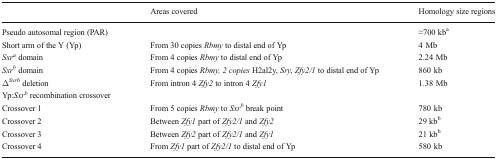
<table><thead><tr><td></td><td><b>Areas covered</b></td><td><b>Homology size regions</b></td></tr></thead><tbody><tr><td>Pseudo autosomal region (PAR)</td><td></td><td>≈700 kb<sup>a</sup></td></tr><tr><td>Short arm of the Y (Yp)</td><td>From 30 copies <i>Rbmy</i> to distal end of Yp</td><td>4 Mb</td></tr><tr><td><i>Sxr</i><sup><i>a</i></sup> domain</td><td>From 4 copies <i>Rbmy</i> to distal end of Yp</td><td>2.24 Mb</td></tr><tr><td><i>Sxr</i><sup><i>b</i></sup> domain</td><td>From 4 copies <i>Rbmy, 2 copies</i> H2al2y, <i>Sry</i>, <i>Zfy2/1</i> to distal end of Yp</td><td>860 kb</td></tr><tr><td>Δ<sup><i>Sxrb</i></sup> deletion</td><td>From intron 4 <i>Zfy2</i> to intron 4 <i>Zfy1</i></td><td>1.38 Mb</td></tr><tr><td>Yp:<i>Sxr</i><sup><i>b</i></sup> recombination crossover</td><td colspan="2"></td></tr><tr><td>Crossover 1</td><td>From 5 copies <i>Rbmy</i> to <i>Sxr</i><sup><i>b</i></sup> break point</td><td>780 kb</td></tr><tr><td>Crossover 2</td><td>Between <i>Zfy1</i> part of <i>Zfy2/1</i> and <i>Zfy2</i></td><td>29 kb<sup>b</sup></td></tr><tr><td>Crossover 3</td><td>Between <i>Zfy2</i> part of <i>Zfy2/1</i> and <i>Zfy1</i></td><td>21 kb<sup>b</sup></td></tr><tr><td>Crossover 4</td><td>From <i>Zfy1</i> part of <i>Zfy2/1</i> to distal end of Yp</td><td>580 kb</td></tr></tbody></table>